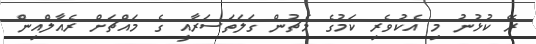
ރޭ ކުޅުނު މި އެކުވެރި ކަމުގެ މެޗުން ގަލަތަސަރާއީ ގެ މައްޗަށް ރެއާލްއިން